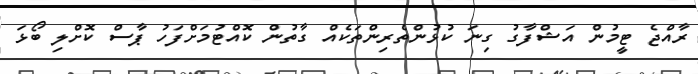
ރާއްޖެ ޓީމުން އަޝްފާގު ގިނަ ކުޅުންތެރިންތަކެއް ގާތުން ކޮއްޓުމަށްފަހު ޕާސް ކޮށްލި ބޯޅަ